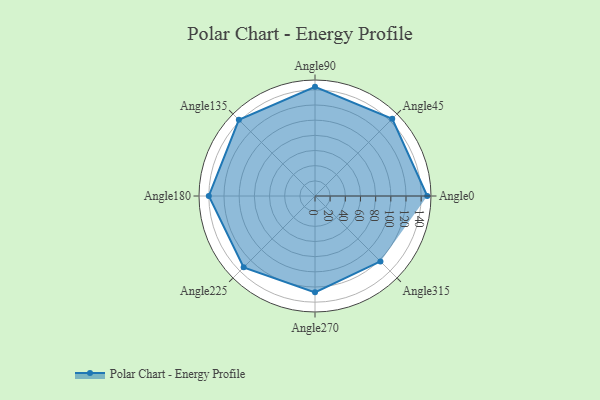
{"axis": {"x": "Angle", "y": "Radius"}, "legend": [""], "data": [{"x": "Angle0", "y": 148.0, "type": ""}, {"x": "Angle45", "y": 144.0, "type": ""}, {"x": "Angle90", "y": 144.0, "type": ""}, {"x": "Angle135", "y": 142.0, "type": ""}, {"x": "Angle180", "y": 140.0, "type": ""}, {"x": "Angle225", "y": 133.0, "type": ""}, {"x": "Angle270", "y": 127.0, "type": ""}, {"x": "Angle315", "y": 122.0, "type": ""}]}